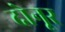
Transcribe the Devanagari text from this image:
दोनूर